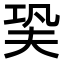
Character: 㠫